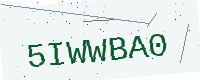
Text: 5IWWBA0